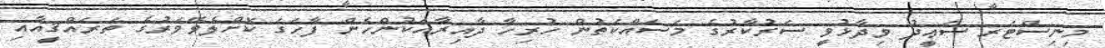
މިނިސްޓަރ ސަޢީދު ވިދާޅުވީ ސަރުކާރުގެ މަސައްކަތުން ހުރިހާ ދާއިރާއަކުންހެން ފާހަގަ ކޮށްލެވޭވަރުގެ ތަރައްޤީއާއި